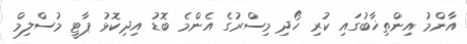
އާންމު އިންތިޚާބުގައި ކުރި ހޯދި މިސްރުގެ އެންމެ ބޮޑު އިދިކޮޅު ޕާޓީ މުސްލިމް